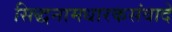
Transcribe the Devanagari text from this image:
सिद्धनामधारकसंवादे